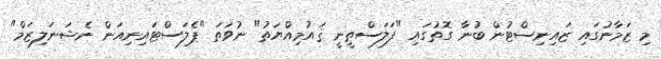
މި ޒަމާނުގައި ޒައިނިސްޓުން ބުނާ ގޮތުގައި "ފަލަސްޠީނީ ޤައުމިއްޔަތު" ނުވަތަ "ޕެލަސްޓައިނިއަން ނެޝަނަލިޒަމް"